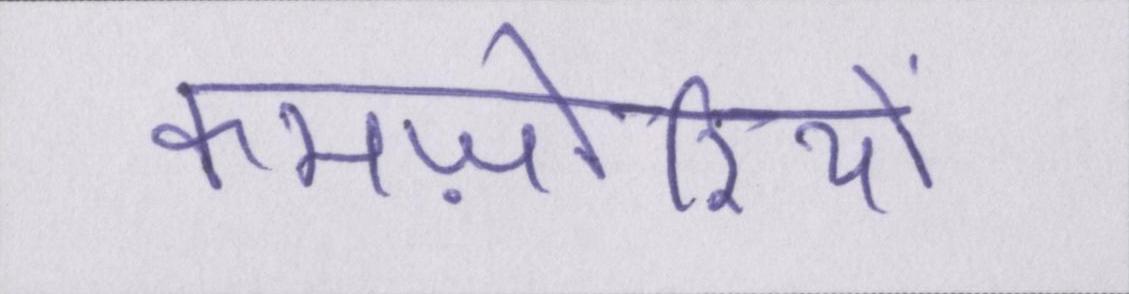
कमज़ोरियों